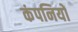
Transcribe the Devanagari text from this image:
कंपनियों